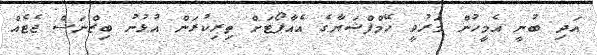
އަދި ބުނީ އެމީހުން މަރުވީ ހޭމްފްޝަޔާގެ އެއާޕޯޓަށް ތިރިކުރަން އުޅުނު ބިޒްނަސް ޖެޓެއް